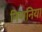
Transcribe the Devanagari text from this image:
निपानिया